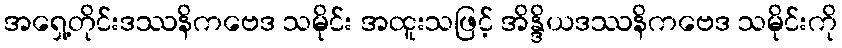
အရှေ့တိုင်းဒဿနိကဗေဒ သမိုင်း အထူးသဖြင့် အိန္ဒိယဒဿနိကဗေဒ သမိုင်းကို